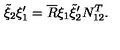
\tilde { \xi } _ { 2 } \xi _ { 1 } ^ { \prime } = \overline { { R } } \xi _ { 1 } \tilde { \xi } _ { 2 } ^ { \prime } N _ { 1 2 } ^ { T } .